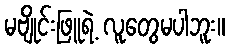
မဗျိုင်းဖြူရဲ့ လူတွေမပါဘူး။